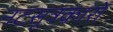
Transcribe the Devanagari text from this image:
नटसूत्रकारों